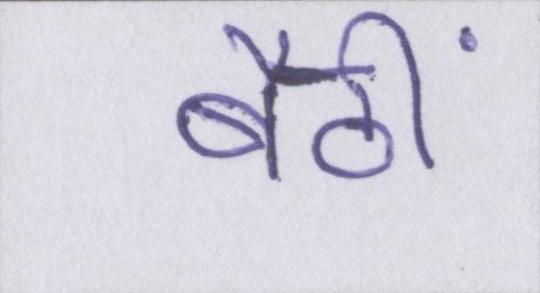
बैठीं